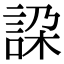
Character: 𧧇